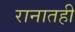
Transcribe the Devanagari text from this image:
रानातही